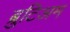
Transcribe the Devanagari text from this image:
ब्रुटिअम